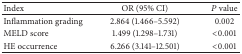
<table><thead><tr><td><b>Index</b></td><td><b>OR (95% CI)</b></td><td><b><i>P</i> value</b></td></tr></thead><tbody><tr><td>Inflammation grading</td><td>2.864 (1.466–5.592)</td><td>0.002</td></tr><tr><td>MELD score</td><td>1.499 (1.298–1.731)</td><td>&lt;0.001</td></tr><tr><td>HE occurrence</td><td>6.266 (3.141–12.501)</td><td>&lt;0.001</td></tr></tbody></table>